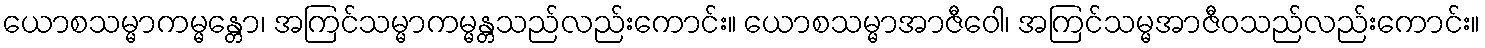
ယောစသမ္မာကမ္မန္တော၊ အကြင်သမ္မာကမ္မန္တသည်လည်းကောင်း။ ယောစသမ္မာအာဇီဝေါ၊ အကြင်သမ္မအာဇီဝသည်လည်းကောင်း။